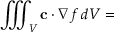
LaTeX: \iiint _ { V } \mathbf { c } \cdot \nabla f \, d V =